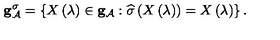
{ \bf g } _ { { \cal A } } ^ { \sigma } = \left\{ X \left( \lambda \right) \in { \bf g } _ { { \cal A } } : \widehat { \sigma } \left( X \left( \lambda \right) \right) = X \left( \lambda \right) \right\} .